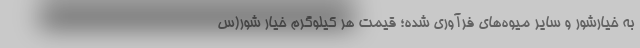
به خیارشور و سایر میوه‌های فرآوری شده؛ قیمت هر کیلوگرم خیار شور(س